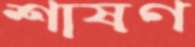
শাষণ